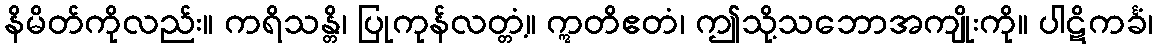
နိမိတ်ကိုလည်း။ ကရိသန္တိ၊ ပြုကုန်လတ္တံ့။ ဣတိဧတံ၊ ဤသို့သဘောအကျိုးကို။ ပါဋိကင်္ခံ၊